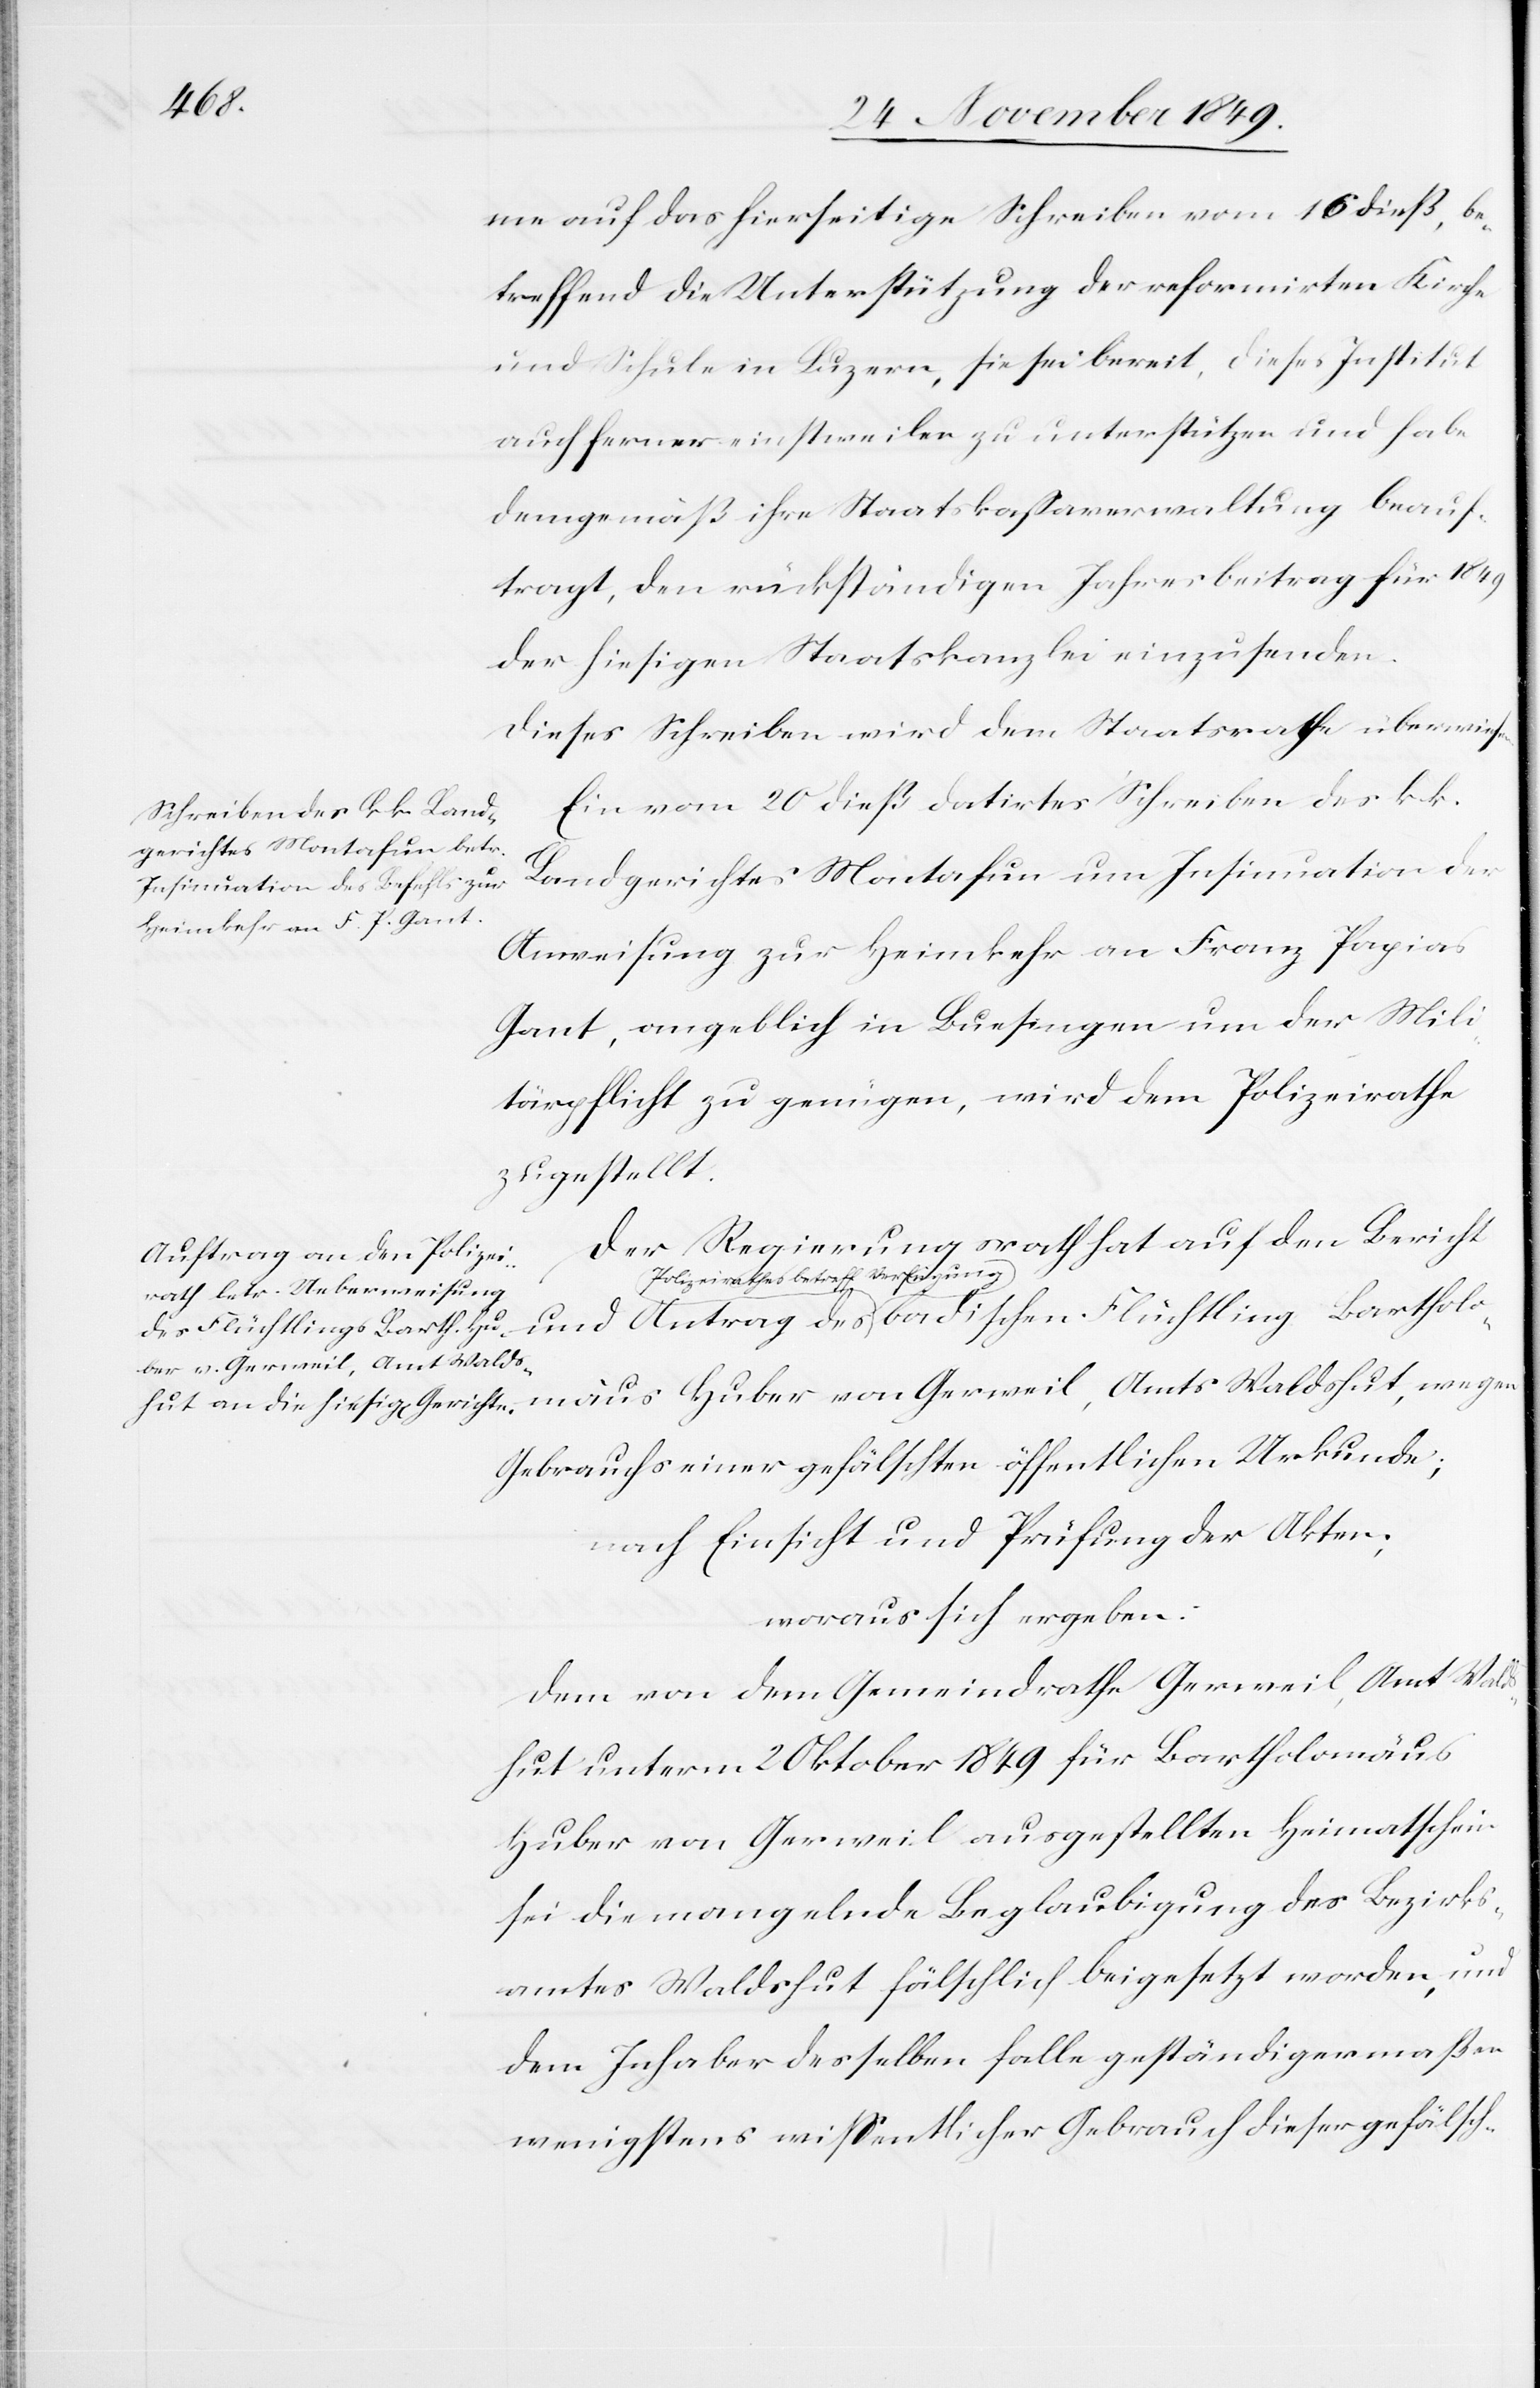
hut,
me auf das hierseitige Schreiben vom 16 dieß, be¬
treffend die Unterstützung der reformirten Kirche
und Schule in Luzern, sie sei bereit, dieses Institut
auch ferner einstweilen zu unterstützen und habe
demgemäß ihre Staatskaßaverwaltung beauf¬
tragt, den rückständigen Jahresbeitrag für 1849
der hiesigen Staatskanzlei einzusenden.
Dieses Schreiben wird dem Staatsrathe überwiesen.
Ein vom 20 dieß datirtes Schreiben des k. k.
Landgerichtes Montafun um Insinuation der
Anweisung zur Heimkehr an Franz Papias
Gant, angeblich in Buesingen um der Mili¬
tärpflicht zu genügen, wird dem Polizeirathe
zugestellt.
Der Regierungsrath hat auf den Bericht
Polizeirathes betreff. Verfügung
Huber von Gerweil, Amts Walds¬
Gebrauchs einer gefälschten öffentlichen Urkunde;
nach Einsicht und Prüfung der Akten;
woraus sich ergeben:
Dem von dem Gemeindrathe Gerweil, Amt Walds¬
hut unterm 2 Oktober 1849 für Bartholomäus
Huber von Gerweil ausgestellten Heimatschein
sei die mangelnde Beglaubigung des Bezirks¬
amtes Waldshut fälschlich beigesetzt worden, und
dem Inhaber desselben falle geständigermaßen
wenigstens wißentlicher Gebrauch dieser gefälsch-